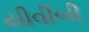
યીવીબી